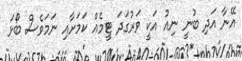
އޭނާ އަދި ބުނީ ނިއު އަކީ ވަރުގަދަ ޓީމެއް ކަމަށާއި ނަމަވެސް ބޯޅަ